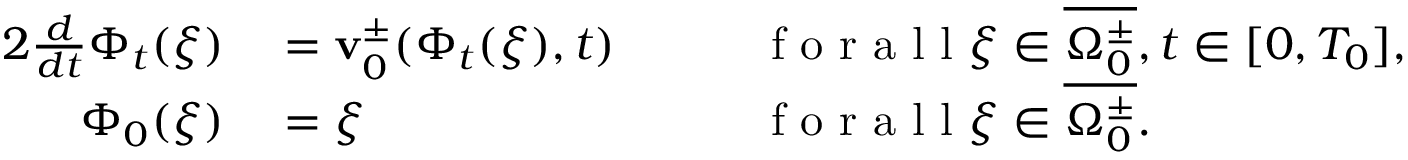
\begin{array} { r l r l } { { 2 } \frac { d } { d t } \Phi _ { t } ( \xi ) } & { { } = \mathbf { v } _ { 0 } ^ { \pm } ( \Phi _ { t } ( \xi ) , t ) } & { \quad } & { { } \mathrm { ~ f ~ o ~ r ~ a ~ l ~ l ~ } \xi \in \overline { { \Omega _ { 0 } ^ { \pm } } } , t \in [ 0 , T _ { 0 } ] , } \\ { \Phi _ { 0 } ( \xi ) } & { { } = \xi } & { \quad } & { { } \mathrm { ~ f ~ o ~ r ~ a ~ l ~ l ~ } \xi \in \overline { { \Omega _ { 0 } ^ { \pm } } } . } \end{array}